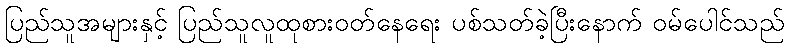
ပြည်သူအများနှင့် ပြည်သူလူထုစားဝတ်နေရေး ပစ်သတ်ခဲ့ပြီးနောက် ဝမ်ပေါင်သည်